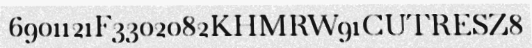
6901121F3302082KHMRW91CUTRESZ8